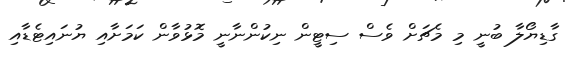
ގާޑިޔޯލާ ބުނީ މި މެޗަށް ވެސް ސިޓީން ނިކުންނާނީ މޮޅުވާން ކަމަށާއި ޔުނައިޓެޑާއި